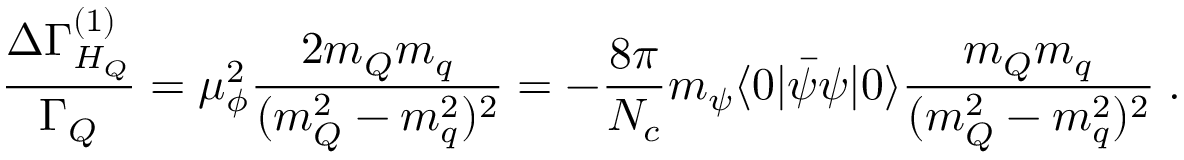
\frac { \Delta \Gamma _ { H _ { Q } } ^ { ( 1 ) } } { \Gamma _ { Q } } = \mu _ { \phi } ^ { 2 } \frac { 2 m _ { Q } m _ { q } } { ( m _ { Q } ^ { 2 } - m _ { q } ^ { 2 } ) ^ { 2 } } = - \frac { 8 \pi } { N _ { c } } m _ { \psi } \langle 0 | { \bar { \psi } } \psi | 0 \rangle \frac { m _ { Q } m _ { q } } { ( m _ { Q } ^ { 2 } - m _ { q } ^ { 2 } ) ^ { 2 } } \; .